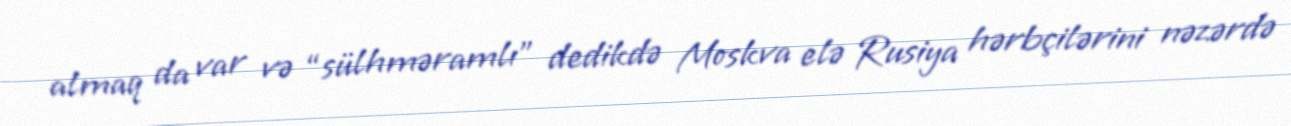
almaq da var və “sülhməramlı” dedikdə Moskva elə Rusiya hərbçilərini nəzərdə